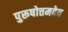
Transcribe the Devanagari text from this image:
पुरूषोत्तमदेव